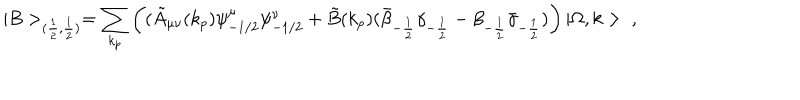
LaTeX: | B > _ { ( \frac { 1 } { 2 } , \frac { 1 } { 2 } ) } = \sum _ { k _ { p } } \left( ( \tilde { A } _ { \mu \nu } ( k _ { p } ) \psi _ { - 1 / 2 } ^ { \mu } \psi _ { - 1 / 2 } ^ { \nu } + \tilde { B } ( k _ { p } ) ( \bar { \beta } _ { - \frac { 1 } { 2 } } \gamma _ { - \frac { 1 } { 2 } } - \beta _ { - \frac { 1 } { 2 } } \bar { \gamma } _ { - \frac { 1 } { 2 } } ) \right) | \Omega , k > \ ,